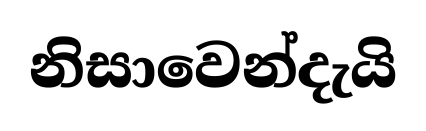
නිසාවෙන්දැයි